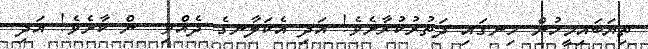
ތިޔަބައިމީހުން ހިނގައި ދަތުރުކުރާށެވެ! އަދި އެކަލާނގެ ދެއްވި  ން ކާށެވެ! އަދި